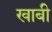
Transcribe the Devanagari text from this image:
खाबी